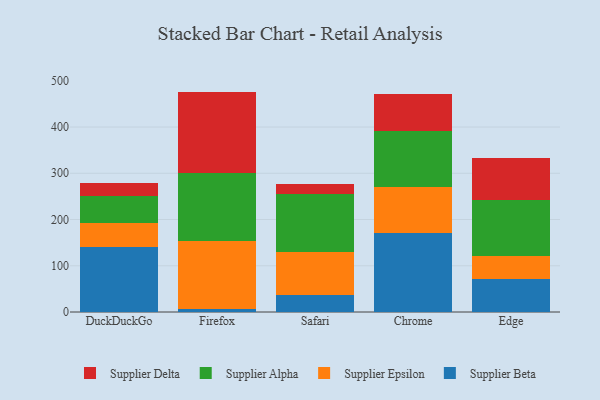
{"axis": {"x": "Browser", "y": "Budget (USD K)"}, "legend": ["Supplier Alpha", "Supplier Beta", "Supplier Delta", "Supplier Epsilon"], "data": [{"x": "DuckDuckGo", "y": 141.3, "type": "Supplier Beta"}, {"x": "DuckDuckGo", "y": 50.2, "type": "Supplier Epsilon"}, {"x": "DuckDuckGo", "y": 59.3, "type": "Supplier Alpha"}, {"x": "DuckDuckGo", "y": 28.2, "type": "Supplier Delta"}, {"x": "Firefox", "y": 7.5, "type": "Supplier Beta"}, {"x": "Firefox", "y": 145.6, "type": "Supplier Epsilon"}, {"x": "Firefox", "y": 146.5, "type": "Supplier Alpha"}, {"x": "Firefox", "y": 177.0, "type": "Supplier Delta"}, {"x": "Safari", "y": 37.3, "type": "Supplier Beta"}, {"x": "Safari", "y": 92.3, "type": "Supplier Epsilon"}, {"x": "Safari", "y": 125.7, "type": "Supplier Alpha"}, {"x": "Safari", "y": 22.2, "type": "Supplier Delta"}, {"x": "Chrome", "y": 171.8, "type": "Supplier Beta"}, {"x": "Chrome", "y": 99.3, "type": "Supplier Epsilon"}, {"x": "Chrome", "y": 121.0, "type": "Supplier Alpha"}, {"x": "Chrome", "y": 79.6, "type": "Supplier Delta"}, {"x": "Edge", "y": 71.0, "type": "Supplier Beta"}, {"x": "Edge", "y": 50.8, "type": "Supplier Epsilon"}, {"x": "Edge", "y": 119.9, "type": "Supplier Alpha"}, {"x": "Edge", "y": 90.3, "type": "Supplier Delta"}]}